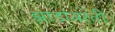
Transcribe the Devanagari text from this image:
झाडांवरती